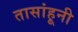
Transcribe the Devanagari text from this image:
तासांहूनी